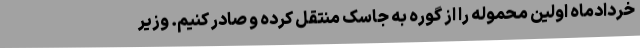
خردادماه اولین محموله را از گوره به جاسک منتقل کرده و صادر کنیم. وزیر